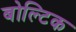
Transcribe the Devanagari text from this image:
बोल्टिक